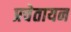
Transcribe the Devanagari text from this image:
प्रचेतायन